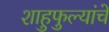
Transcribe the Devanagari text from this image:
शाहुफुल्यांचे